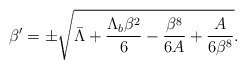
\begin{align*}\beta^\prime= \pm\sqrt{\bar\Lambda +\frac{\Lambda_b \beta^2}{6}-\frac{\beta^8}{6A}+\frac{A}{6\beta^8}}.\end{align*}